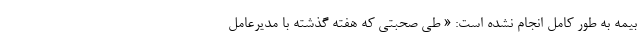
بیمه به طور کامل انجام نشده است: « طی صحبتی که هفته گذشته با مدیرعامل